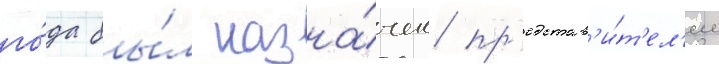
го́да бы́л назна́чен пр'едстав'и́т'ел'ем